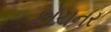
કોચનર